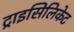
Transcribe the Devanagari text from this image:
ट्राइसिलिकेट